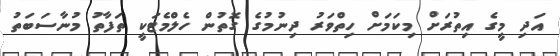
އަދި މީގެ އިތުރަށް މިކަމަށް ހިތްވަރު ދިނުމުގެ ގޮތުން ހެލްމެޓަކީ ތަފާތު މުނާސަބަތު